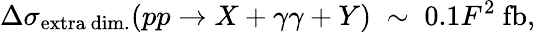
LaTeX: \Delta\sigma_{\mathrm{extra~dim.}}(pp\rightarrow X+\gamma\gamma+Y)\; \sim\; 0.1F^{2}~\mathrm{fb},